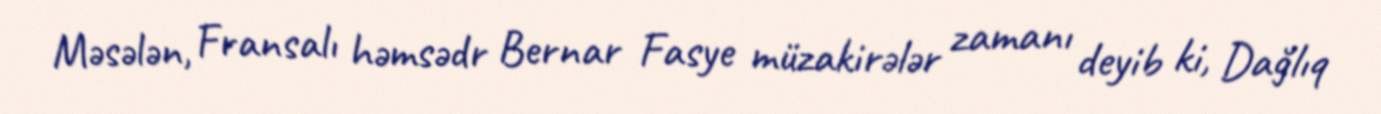
Məsələn, Fransalı həmsədr Bernar Fasye müzakirələr zamanı deyib ki, Dağlıq